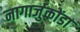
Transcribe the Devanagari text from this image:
नागार्जुकोंडा